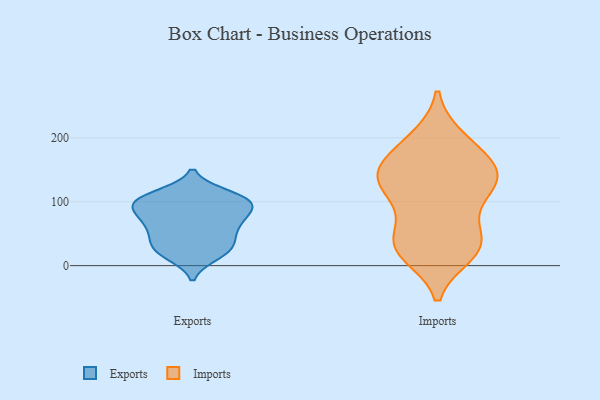
{"axis": {"x": "LTV (USD)", "y": "Value"}, "legend": ["Exports", "Imports"], "data": [{"x": "", "y": 16, "type": "Exports"}, {"x": "", "y": 105, "type": "Exports"}, {"x": "", "y": 92, "type": "Exports"}, {"x": "", "y": 44, "type": "Exports"}, {"x": "", "y": 40, "type": "Exports"}, {"x": "", "y": 20, "type": "Exports"}, {"x": "", "y": 102, "type": "Exports"}, {"x": "", "y": 64, "type": "Exports"}, {"x": "", "y": 99, "type": "Exports"}, {"x": "", "y": 90, "type": "Exports"}, {"x": "", "y": 23, "type": "Exports"}, {"x": "", "y": 66, "type": "Exports"}, {"x": "", "y": 31, "type": "Exports"}, {"x": "", "y": 111, "type": "Exports"}, {"x": "", "y": 68, "type": "Exports"}, {"x": "", "y": 94, "type": "Exports"}, {"x": "", "y": 107, "type": "Exports"}, {"x": "", "y": 70, "type": "Exports"}, {"x": "", "y": 83, "type": "Imports"}, {"x": "", "y": 176, "type": "Imports"}, {"x": "", "y": 151, "type": "Imports"}, {"x": "", "y": 199, "type": "Imports"}, {"x": "", "y": 120, "type": "Imports"}, {"x": "", "y": 137, "type": "Imports"}, {"x": "", "y": 154, "type": "Imports"}, {"x": "", "y": 36, "type": "Imports"}, {"x": "", "y": 128, "type": "Imports"}, {"x": "", "y": 30, "type": "Imports"}, {"x": "", "y": 196, "type": "Imports"}, {"x": "", "y": 142, "type": "Imports"}, {"x": "", "y": 110, "type": "Imports"}, {"x": "", "y": 25, "type": "Imports"}, {"x": "", "y": 32, "type": "Imports"}, {"x": "", "y": 141, "type": "Imports"}, {"x": "", "y": 43, "type": "Imports"}, {"x": "", "y": 19, "type": "Imports"}]}